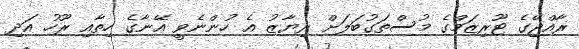
ރާއްޖޭގެ ޓޫރިޒަމްގެ މުސްތަގުބަލަށް ރިޔާޒު އެ ހުންނެވީ އޭނާގެ ހިތާއި ރޫހު އަދި